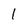
Character: 1